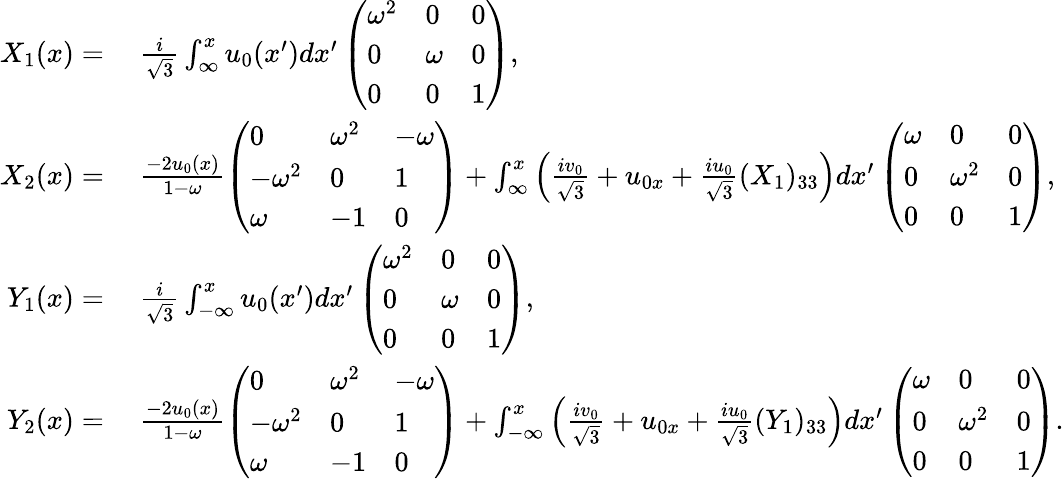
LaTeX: \begin{array}{rl}{X_{1}(x)=}&{\; \frac{i}{\sqrt{3}}\int_{\infty}^{x}u_{0}(x^{\prime})dx^{\prime}\left(\begin{array}{lll}{\omega^{2}}&{0}&{0}\\ {0}&{\omega}&{0}\\ {0}&{0}&{1}\end{array}\right),}\\ {X_{2}(x)=}&{\; \frac{-2u_{0}(x)}{1-\omega}\left(\begin{array}{lll}{0}&{\omega^{2}}&{-\omega}\\ {-\omega^{2}}&{0}&{1}\\ {\omega}&{-1}&{0}\end{array}\right)+\int_{\infty}^{x}\left(\frac{iv_{0}}{\sqrt{3}}+u_{0x}+\frac{iu_{0}}{\sqrt{3}}(X_{1})_{33}\right)dx^{\prime}\left(\begin{array}{lll}{\omega}&{0}&{0}\\ {0}&{\omega^{2}}&{0}\\ {0}&{0}&{1}\end{array}\right),}\\ {Y_{1}(x)=}&{\; \frac{i}{\sqrt{3}}\int_{-\infty}^{x}u_{0}(x^{\prime})dx^{\prime}\left(\begin{array}{lll}{\omega^{2}}&{0}&{0}\\ {0}&{\omega}&{0}\\ {0}&{0}&{1}\end{array}\right),}\\ {Y_{2}(x)=}&{\; \frac{-2u_{0}(x)}{1-\omega}\left(\begin{array}{lll}{0}&{\omega^{2}}&{-\omega}\\ {-\omega^{2}}&{0}&{1}\\ {\omega}&{-1}&{0}\end{array}\right)+\int_{-\infty}^{x}\left(\frac{iv_{0}}{\sqrt{3}}+u_{0x}+\frac{iu_{0}}{\sqrt{3}}(Y_{1})_{33}\right)dx^{\prime}\left(\begin{array}{lll}{\omega}&{0}&{0}\\ {0}&{\omega^{2}}&{0}\\ {0}&{0}&{1}\end{array}\right).}\end{array}